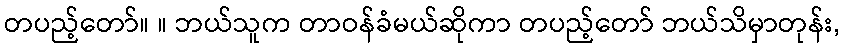
တပည့်တော်။ ။ ဘယ်သူက တာဝန်ခံမယ်ဆိုကာ တပည့်တော် ဘယ်သိမှာတုန်း,